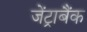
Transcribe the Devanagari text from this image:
जेंट्राबैंक